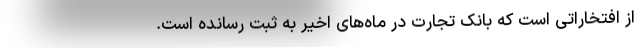
از افتخاراتی است که بانک تجارت در ماه‌های اخیر به ثبت رسانده است.